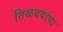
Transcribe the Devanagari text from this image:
तिळवयांचा